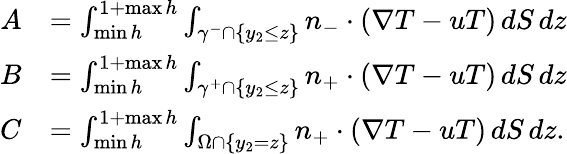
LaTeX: \begin{array}{rl}{A}&{=\int_{\operatorname*{min}h}^{1+\operatorname*{max}h}\int_{\gamma^{-}\cap\{ y_{2}\leq z\} }n_{-}\cdot(\nabla T-uT)\, dS\, dz}\\ {B}&{=\int_{\operatorname*{min}h}^{1+\operatorname*{max}h}\int_{\gamma^{+}\cap\{ y_{2}\leq z\} }n_{+}\cdot(\nabla T-uT)\, dS\, dz}\\ {C}&{=\int_{\operatorname*{min}h}^{1+\operatorname*{max}h}\int_{\Omega\cap\{ y_{2}=z\} }n_{+}\cdot(\nabla T-uT)\, dS\, dz.}\end{array}